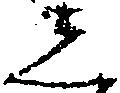
し